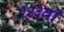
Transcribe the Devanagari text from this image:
१२३वॉ